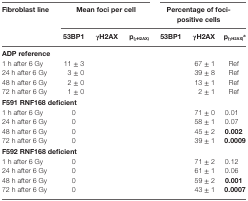
<table><thead><tr><td rowspan="3"><b>Fibroblast line</b></td><td colspan="3"><b>Mean foci per cell</b></td><td colspan="3"><b>Percentage of foci-positive cells</b></td></tr><tr><td><b>53BP1</b></td><td><b>γH2AX</b></td><td><b>p<sub>(γH2AX)</sub></b></td><td><b>53BP1</b></td><td><b>γH2AX</b></td><td><b>p<sub>(γH2AX)</sub><sup>a</sup></b></td></tr></thead><tbody><tr><td colspan="7"><b>ADP reference</b></td></tr><tr><td>1 h after 6 Gy</td><td>11 ± 3</td><td>[EMPTY_CELL]</td><td>[EMPTY_CELL]</td><td>[EMPTY_CELL]</td><td>67 ± 1</td><td>Ref</td></tr><tr><td>24 h after 6 Gy</td><td>3 ± 0</td><td>[EMPTY_CELL]</td><td>[EMPTY_CELL]</td><td>[EMPTY_CELL]</td><td>39 ± 8</td><td>Ref</td></tr><tr><td>48 h after 6 Gy</td><td>2 ± 0</td><td>[EMPTY_CELL]</td><td>[EMPTY_CELL]</td><td>[EMPTY_CELL]</td><td>13 ± 1</td><td>Ref</td></tr><tr><td>72 h after 6 Gy</td><td>1 ± 0</td><td>[EMPTY_CELL]</td><td>[EMPTY_CELL]</td><td>[EMPTY_CELL]</td><td>2 ± 1</td><td>Ref</td></tr><tr><td colspan="7"><b>F591 RNF168 deficient</b></td></tr><tr><td>1 h after 6 Gy</td><td>0</td><td>[EMPTY_CELL]</td><td>[EMPTY_CELL]</td><td>[EMPTY_CELL]</td><td>71 ± 0</td><td>0.01</td></tr><tr><td>24 h after 6 Gy</td><td>0</td><td>[EMPTY_CELL]</td><td>[EMPTY_CELL]</td><td>[EMPTY_CELL]</td><td>58 ± 1</td><td>0.07</td></tr><tr><td>48 h after 6 Gy</td><td>0</td><td>[EMPTY_CELL]</td><td>[EMPTY_CELL]</td><td>[EMPTY_CELL]</td><td>45 ± 2</td><td><b>0.002</b></td></tr><tr><td>72 h after 6 Gy</td><td>0</td><td>[EMPTY_CELL]</td><td>[EMPTY_CELL]</td><td>[EMPTY_CELL]</td><td>39 ± 1</td><td><b>0.0009</b></td></tr><tr><td colspan="7"><b>F592 RNF168 deficient</b></td></tr><tr><td>1 h after 6 Gy</td><td>0</td><td>[EMPTY_CELL]</td><td>[EMPTY_CELL]</td><td>[EMPTY_CELL]</td><td>71 ± 2</td><td>0.12</td></tr><tr><td>24 h after 6 Gy</td><td>0</td><td>[EMPTY_CELL]</td><td>[EMPTY_CELL]</td><td>[EMPTY_CELL]</td><td>61 ± 1</td><td>0.06</td></tr><tr><td>48 h after 6 Gy</td><td>0</td><td>[EMPTY_CELL]</td><td>[EMPTY_CELL]</td><td>[EMPTY_CELL]</td><td>59 ± 2</td><td><b>0.001</b></td></tr><tr><td>72 h after 6 Gy</td><td>0</td><td>[EMPTY_CELL]</td><td>[EMPTY_CELL]</td><td>[EMPTY_CELL]</td><td>43 ± 1</td><td><b>0.0007</b></td></tr></tbody></table>